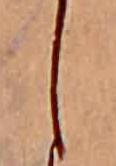
し